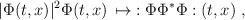
\begin{align*}|\Phi (t,x)|^2 \Phi (t,x)\, \mapsto \; : \Phi \Phi^* \Phi : (t,x)\; ,\end{align*}